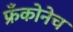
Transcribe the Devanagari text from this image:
फ्रँकोनेच